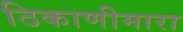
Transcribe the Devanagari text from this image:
ठिकाणीमारा